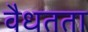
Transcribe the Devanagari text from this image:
वैधतता